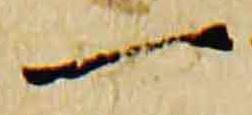
一